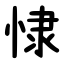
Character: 㥆